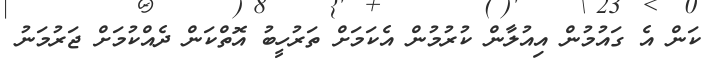
ކަން އެ ގައުމުން އިއުލާން ކުރުމުން އެކަމަށް ތަރުހީބު އޮތްކަން ދެއްކުމަށް ޖަރުމަނު